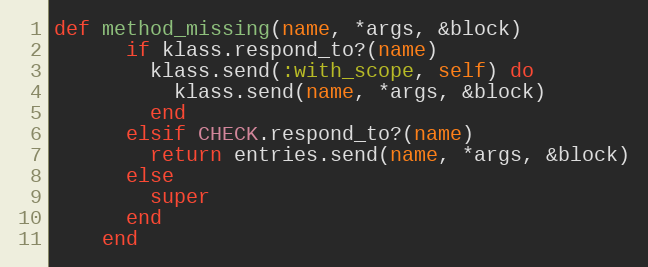
Language: Ruby
def method_missing(name, *args, &block)
      if klass.respond_to?(name)
        klass.send(:with_scope, self) do
          klass.send(name, *args, &block)
        end
      elsif CHECK.respond_to?(name)
        return entries.send(name, *args, &block)
      else
        super
      end
    end